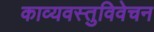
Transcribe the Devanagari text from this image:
काव्यवस्तुविवेचन